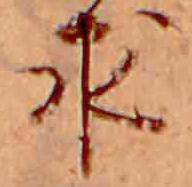
求